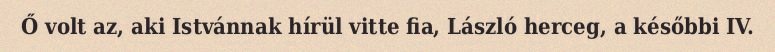
Ő volt az, aki Istvánnak hírül vitte fia, László herceg, a későbbi IV.